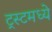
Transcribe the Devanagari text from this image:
ट्रस्टमध्ये